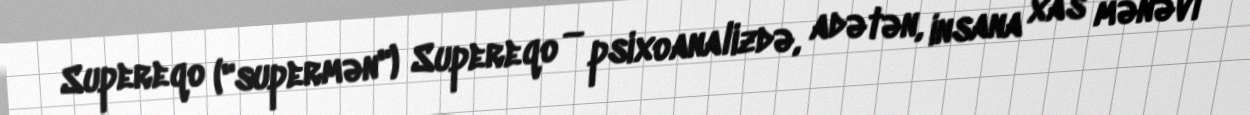
Supereqo ("supermən") Supereqo — psixoanalizdə, adətən, insana xas mənəvi